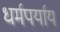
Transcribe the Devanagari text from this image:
धर्मपर्याय